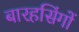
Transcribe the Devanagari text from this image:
बारहसिंगों